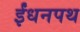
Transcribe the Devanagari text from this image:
ईंधनपथ